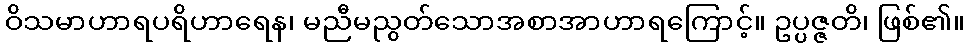
ဝိသမာဟာရပရိဟာရေန၊ မညီမညွတ်သောအစာအာဟာရကြောင့်။ ဥပ္ပဇ္ဇတိ၊ ဖြစ်၏။